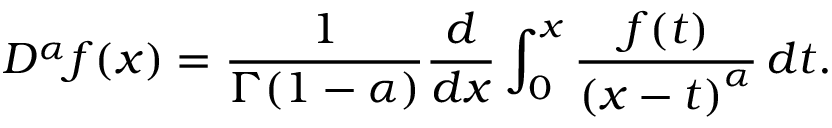
D ^ { \alpha } f ( x ) = { \frac { 1 } { \Gamma ( 1 - \alpha ) } } { \frac { d } { d x } } \int _ { 0 } ^ { x } { \frac { f ( t ) } { \left( x - t \right) ^ { \alpha } } } \, d t .